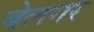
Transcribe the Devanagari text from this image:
बेलगर